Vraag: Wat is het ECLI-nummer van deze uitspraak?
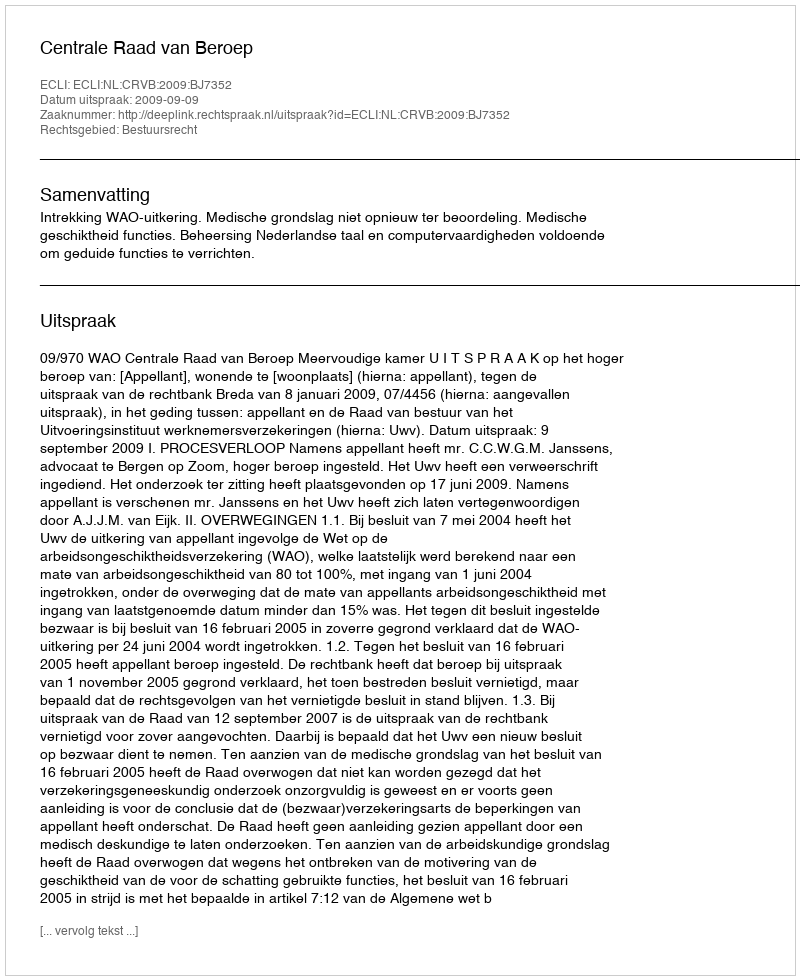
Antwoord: ECLI:NL:CRVB:2009:BJ7352